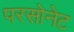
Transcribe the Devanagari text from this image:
परसोनेट